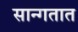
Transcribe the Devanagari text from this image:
सान्गतात